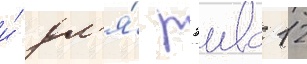
и́ дл'я́ рэива 12